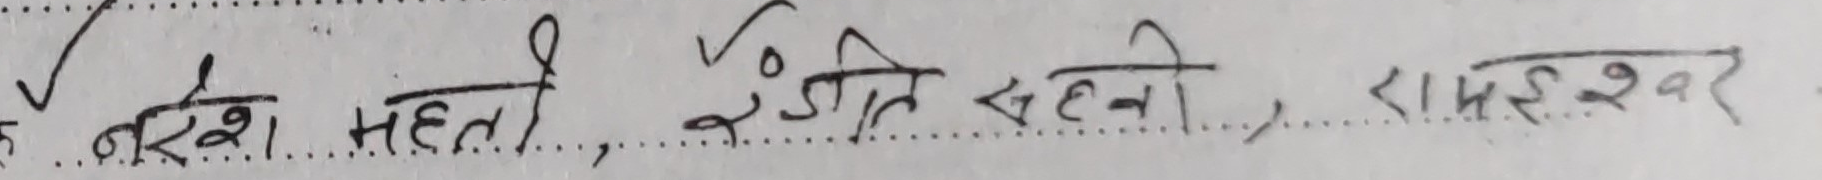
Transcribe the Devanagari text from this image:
नरेश महतो, रंजीत सहनी, रामेश्वर